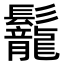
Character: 𩰀